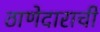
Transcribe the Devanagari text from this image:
ठाणेदाराची